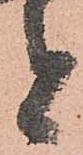
者